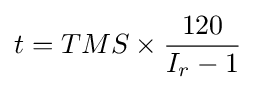
t=TMS\times {\frac {120}{I_{r}-1}}